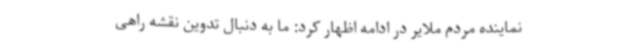
نماینده مردم ملایر در ادامه اظهار کرد: ما به دنبال تدوین نقشه راهی